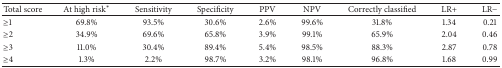
<table><thead><tr><td><b>Total score</b></td><td><b>At high risk<sup><i>∗</i></sup></b></td><td><b>Sensitivity</b></td><td><b>Specificity</b></td><td><b>PPV</b></td><td><b>NPV</b></td><td><b>Correctly classified</b></td><td><b>LR+</b></td><td><b>LR−</b></td></tr></thead><tbody><tr><td>≥1</td><td>69.8%</td><td>93.5%</td><td>30.6%</td><td>2.6%</td><td>99.6%</td><td>31.8%</td><td>1.34</td><td>0.21</td></tr><tr><td>≥2</td><td>34.9%</td><td>69.6%</td><td>65.8%</td><td>3.9%</td><td>99.1%</td><td>65.9%</td><td>2.04</td><td>0.46</td></tr><tr><td>≥3</td><td>11.0%</td><td>30.4%</td><td>89.4%</td><td>5.4%</td><td>98.5%</td><td>88.3%</td><td>2.87</td><td>0.78</td></tr><tr><td>≥4</td><td>1.3%</td><td>2.2%</td><td>98.7%</td><td>3.2%</td><td>98.1%</td><td>96.8%</td><td>1.68</td><td>0.99</td></tr></tbody></table>